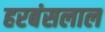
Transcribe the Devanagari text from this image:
हरबंसलाल